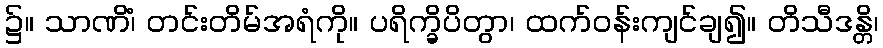
၌။ သာဏိံ၊ တင်းတိမ်အရံကို။ ပရိက္ခိပိတွာ၊ ထက်ဝန်းကျင်ချ၍။ တိသီဒန္တိ၊